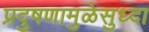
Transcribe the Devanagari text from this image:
प्रदुषणामुळेसुध्दा